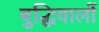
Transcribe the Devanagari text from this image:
बुद्धिवालों